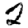
Digit: 2